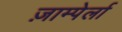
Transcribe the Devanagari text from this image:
ज़ाम्पेर्ला